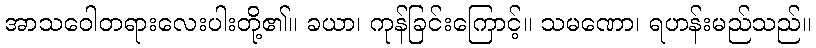
အာသဝေါတရားလေးပါးတို့၏။ ခယာ၊ ကုန်ခြင်းကြောင့်။ သမဏော၊ ရဟန်းမည်သည်။